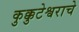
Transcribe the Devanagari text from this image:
कुक्कुटेश्वराचे